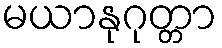
မယာနုဂုတ္တာ